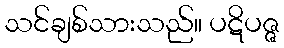
သင်ချစ်သားသည်။ ပဋိပဇ္ဇ